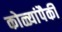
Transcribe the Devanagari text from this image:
कोळ्यांपैकी